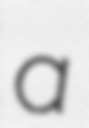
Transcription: a